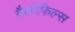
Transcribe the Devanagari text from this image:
बैसोफिल्स